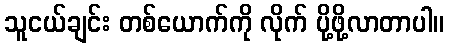
သူငယ်ချင်း တစ်ယောက်ကို လိုက် ပို့ဖို့လာတာပါ။